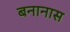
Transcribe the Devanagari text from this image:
बनानास